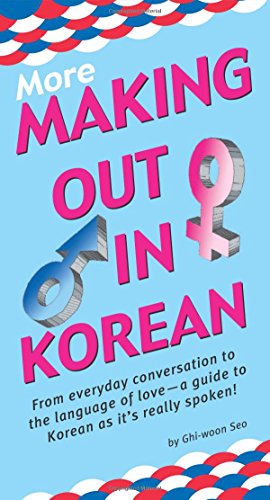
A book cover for More Making Out in Korean: (Korean Phrasebook) (Making Out Books); Ghi-woon Seo; Reference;